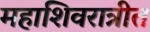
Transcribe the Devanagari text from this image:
महाशिवरात्रीत